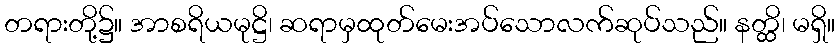
တရားတို့၌။ အာစရိယမုဋ္ဌိ၊ ဆရာမှထုတ်မေးအပ်သောလက်ဆုပ်သည်။ နတ္ထိ၊ မရှိ။